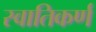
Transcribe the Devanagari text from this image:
स्वातिकर्ण